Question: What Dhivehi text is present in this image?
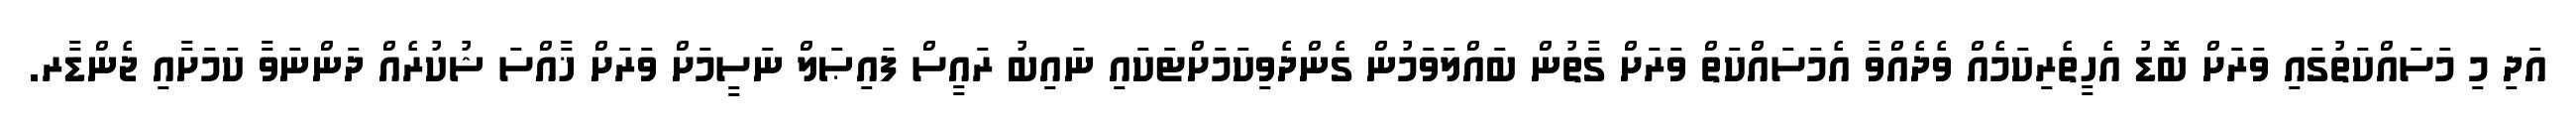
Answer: އަދި މި މަސައްކަތުގައި ވަރަށް ބޮޑު އެހީތެރިކަމެއް ވެދެއްވާ އެމަސައްކަތް ވަރަށް ގާތުން ބައްލަވަމުން ގެންދެވިކަމަށްޓަކައި ނައިބު ރައީސް ފައިޞަލް ނަސީމަށް ވަރަށް ޚާއްސަ ޝުކުރެއް ދަންނަވާ ކަމަށާއި ޖެންޑާރ.